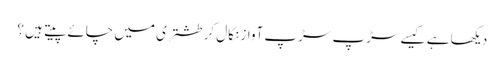
دیکھا ہے کیسے سڑپ سڑپ آواز نکال کر طشتری میں چائے پیتے ہیں ؟